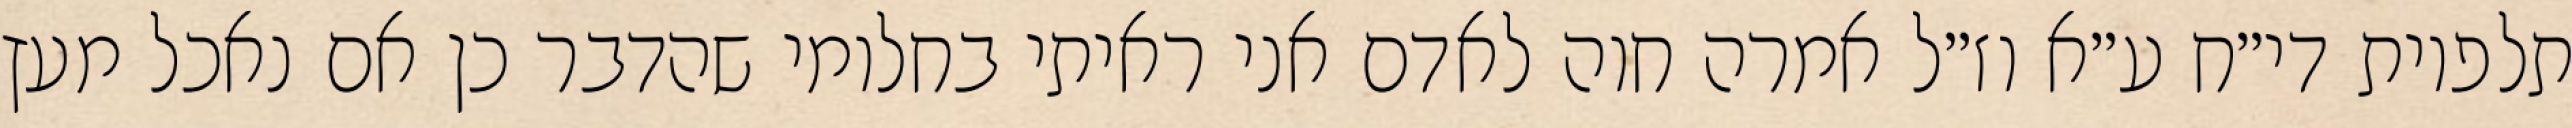
תלפיות די״ח ע״א וז״ל אמרה חוה לאדם אני ראיתי בחלומי שהדבר כן אם נאכל מעץ